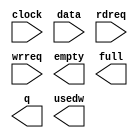
// megafunction wizard: %FIFO%VBB%
// GENERATION: STANDARD
// VERSION: WM1.0
// MODULE: scfifo 

// ============================================================
// Megafunction Name(s):
// 			scfifo
//
// Simulation Library Files(s):
// 			
// ============================================================
// ************************************************************
// THIS IS A WIZARD-GENERATED FILE. DO NOT EDIT THIS FILE!
//
// 13.0.0 Build 156 04/24/2013 SJ Full Version
// ************************************************************

//Copyright (C) 1991-2013 Altera Corporation
//Your use of Altera Corporation's design tools, logic functions 
//and other software and tools, and its AMPP partner logic 
//functions, and any output files from any of the foregoing 
//(including device programming or simulation files), and any 
//associated documentation or information are expressly subject 
//to the terms and conditions of the Altera Program License 
//Subscription Agreement, Altera MegaCore Function License 
//Agreement, or other applicable license agreement, including, 
//without limitation, that your use is for the sole purpose of 
//programming logic devices manufactured by Altera and sold by 
//Altera or its authorized distributors.  Please refer to the 
//applicable agreement for further details.

module fifo_data (
	clock,
	data,
	rdreq,
	wrreq,
	empty,
	full,
	q,
	usedw);

	input	  clock;
	input	[7:0]  data;
	input	  rdreq;
	input	  wrreq;
	output	  empty;
	output	  full;
	output	[7:0]  q;
	output	[7:0]  usedw;

endmodule

// ============================================================
// CNX file retrieval info
// ============================================================
// Retrieval info: PRIVATE: AlmostEmpty NUMERIC "0"
// Retrieval info: PRIVATE: AlmostEmptyThr NUMERIC "-1"
// Retrieval info: PRIVATE: AlmostFull NUMERIC "0"
// Retrieval info: PRIVATE: AlmostFullThr NUMERIC "-1"
// Retrieval info: PRIVATE: CLOCKS_ARE_SYNCHRONIZED NUMERIC "0"
// Retrieval info: PRIVATE: Clock NUMERIC "0"
// Retrieval info: PRIVATE: Depth NUMERIC "256"
// Retrieval info: PRIVATE: Empty NUMERIC "1"
// Retrieval info: PRIVATE: Full NUMERIC "1"
// Retrieval info: PRIVATE: INTENDED_DEVICE_FAMILY STRING "Cyclone IV E"
// Retrieval info: PRIVATE: LE_BasedFIFO NUMERIC "0"
// Retrieval info: PRIVATE: LegacyRREQ NUMERIC "1"
// Retrieval info: PRIVATE: MAX_DEPTH_BY_9 NUMERIC "0"
// Retrieval info: PRIVATE: OVERFLOW_CHECKING NUMERIC "0"
// Retrieval info: PRIVATE: Optimize NUMERIC "0"
// Retrieval info: PRIVATE: RAM_BLOCK_TYPE NUMERIC "0"
// Retrieval info: PRIVATE: SYNTH_WRAPPER_GEN_POSTFIX STRING "0"
// Retrieval info: PRIVATE: UNDERFLOW_CHECKING NUMERIC "0"
// Retrieval info: PRIVATE: UsedW NUMERIC "1"
// Retrieval info: PRIVATE: Width NUMERIC "8"
// Retrieval info: PRIVATE: dc_aclr NUMERIC "0"
// Retrieval info: PRIVATE: diff_widths NUMERIC "0"
// Retrieval info: PRIVATE: msb_usedw NUMERIC "0"
// Retrieval info: PRIVATE: output_width NUMERIC "8"
// Retrieval info: PRIVATE: rsEmpty NUMERIC "1"
// Retrieval info: PRIVATE: rsFull NUMERIC "0"
// Retrieval info: PRIVATE: rsUsedW NUMERIC "0"
// Retrieval info: PRIVATE: sc_aclr NUMERIC "0"
// Retrieval info: PRIVATE: sc_sclr NUMERIC "0"
// Retrieval info: PRIVATE: wsEmpty NUMERIC "0"
// Retrieval info: PRIVATE: wsFull NUMERIC "1"
// Retrieval info: PRIVATE: wsUsedW NUMERIC "0"
// Retrieval info: LIBRARY: altera_mf altera_mf.altera_mf_components.all
// Retrieval info: CONSTANT: ADD_RAM_OUTPUT_REGISTER STRING "OFF"
// Retrieval info: CONSTANT: INTENDED_DEVICE_FAMILY STRING "Cyclone IV E"
// Retrieval info: CONSTANT: LPM_NUMWORDS NUMERIC "256"
// Retrieval info: CONSTANT: LPM_SHOWAHEAD STRING "OFF"
// Retrieval info: CONSTANT: LPM_TYPE STRING "scfifo"
// Retrieval info: CONSTANT: LPM_WIDTH NUMERIC "8"
// Retrieval info: CONSTANT: LPM_WIDTHU NUMERIC "8"
// Retrieval info: CONSTANT: OVERFLOW_CHECKING STRING "ON"
// Retrieval info: CONSTANT: UNDERFLOW_CHECKING STRING "ON"
// Retrieval info: CONSTANT: USE_EAB STRING "ON"
// Retrieval info: USED_PORT: clock 0 0 0 0 INPUT NODEFVAL "clock"
// Retrieval info: USED_PORT: data 0 0 8 0 INPUT NODEFVAL "data[7..0]"
// Retrieval info: USED_PORT: empty 0 0 0 0 OUTPUT NODEFVAL "empty"
// Retrieval info: USED_PORT: full 0 0 0 0 OUTPUT NODEFVAL "full"
// Retrieval info: USED_PORT: q 0 0 8 0 OUTPUT NODEFVAL "q[7..0]"
// Retrieval info: USED_PORT: rdreq 0 0 0 0 INPUT NODEFVAL "rdreq"
// Retrieval info: USED_PORT: usedw 0 0 8 0 OUTPUT NODEFVAL "usedw[7..0]"
// Retrieval info: USED_PORT: wrreq 0 0 0 0 INPUT NODEFVAL "wrreq"
// Retrieval info: CONNECT: @clock 0 0 0 0 clock 0 0 0 0
// Retrieval info: CONNECT: @data 0 0 8 0 data 0 0 8 0
// Retrieval info: CONNECT: @rdreq 0 0 0 0 rdreq 0 0 0 0
// Retrieval info: CONNECT: @wrreq 0 0 0 0 wrreq 0 0 0 0
// Retrieval info: CONNECT: empty 0 0 0 0 @empty 0 0 0 0
// Retrieval info: CONNECT: full 0 0 0 0 @full 0 0 0 0
// Retrieval info: CONNECT: q 0 0 8 0 @q 0 0 8 0
// Retrieval info: CONNECT: usedw 0 0 8 0 @usedw 0 0 8 0
// Retrieval info: GEN_FILE: TYPE_NORMAL fifo_data.v TRUE
// Retrieval info: GEN_FILE: TYPE_NORMAL fifo_data.inc FALSE
// Retrieval info: GEN_FILE: TYPE_NORMAL fifo_data.cmp FALSE
// Retrieval info: GEN_FILE: TYPE_NORMAL fifo_data.bsf FALSE
// Retrieval info: GEN_FILE: TYPE_NORMAL fifo_data_inst.v TRUE
// Retrieval info: GEN_FILE: TYPE_NORMAL fifo_data_bb.v TRUE